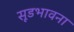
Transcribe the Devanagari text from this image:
सूडभावना